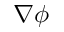
\nabla \phi